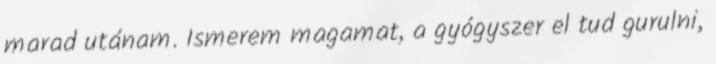
marad utánam. Ismerem magamat, a gyógyszer el tud gurulni,